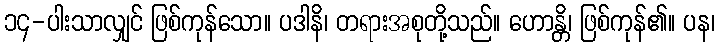
၁၄-ပါးသာလျှင် ဖြစ်ကုန်သော။ ပဒါနိ၊ တရားအစုတို့သည်။ ဟောန္တိ၊ ဖြစ်ကုန်၏။ ပန၊